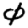
Digit: 0